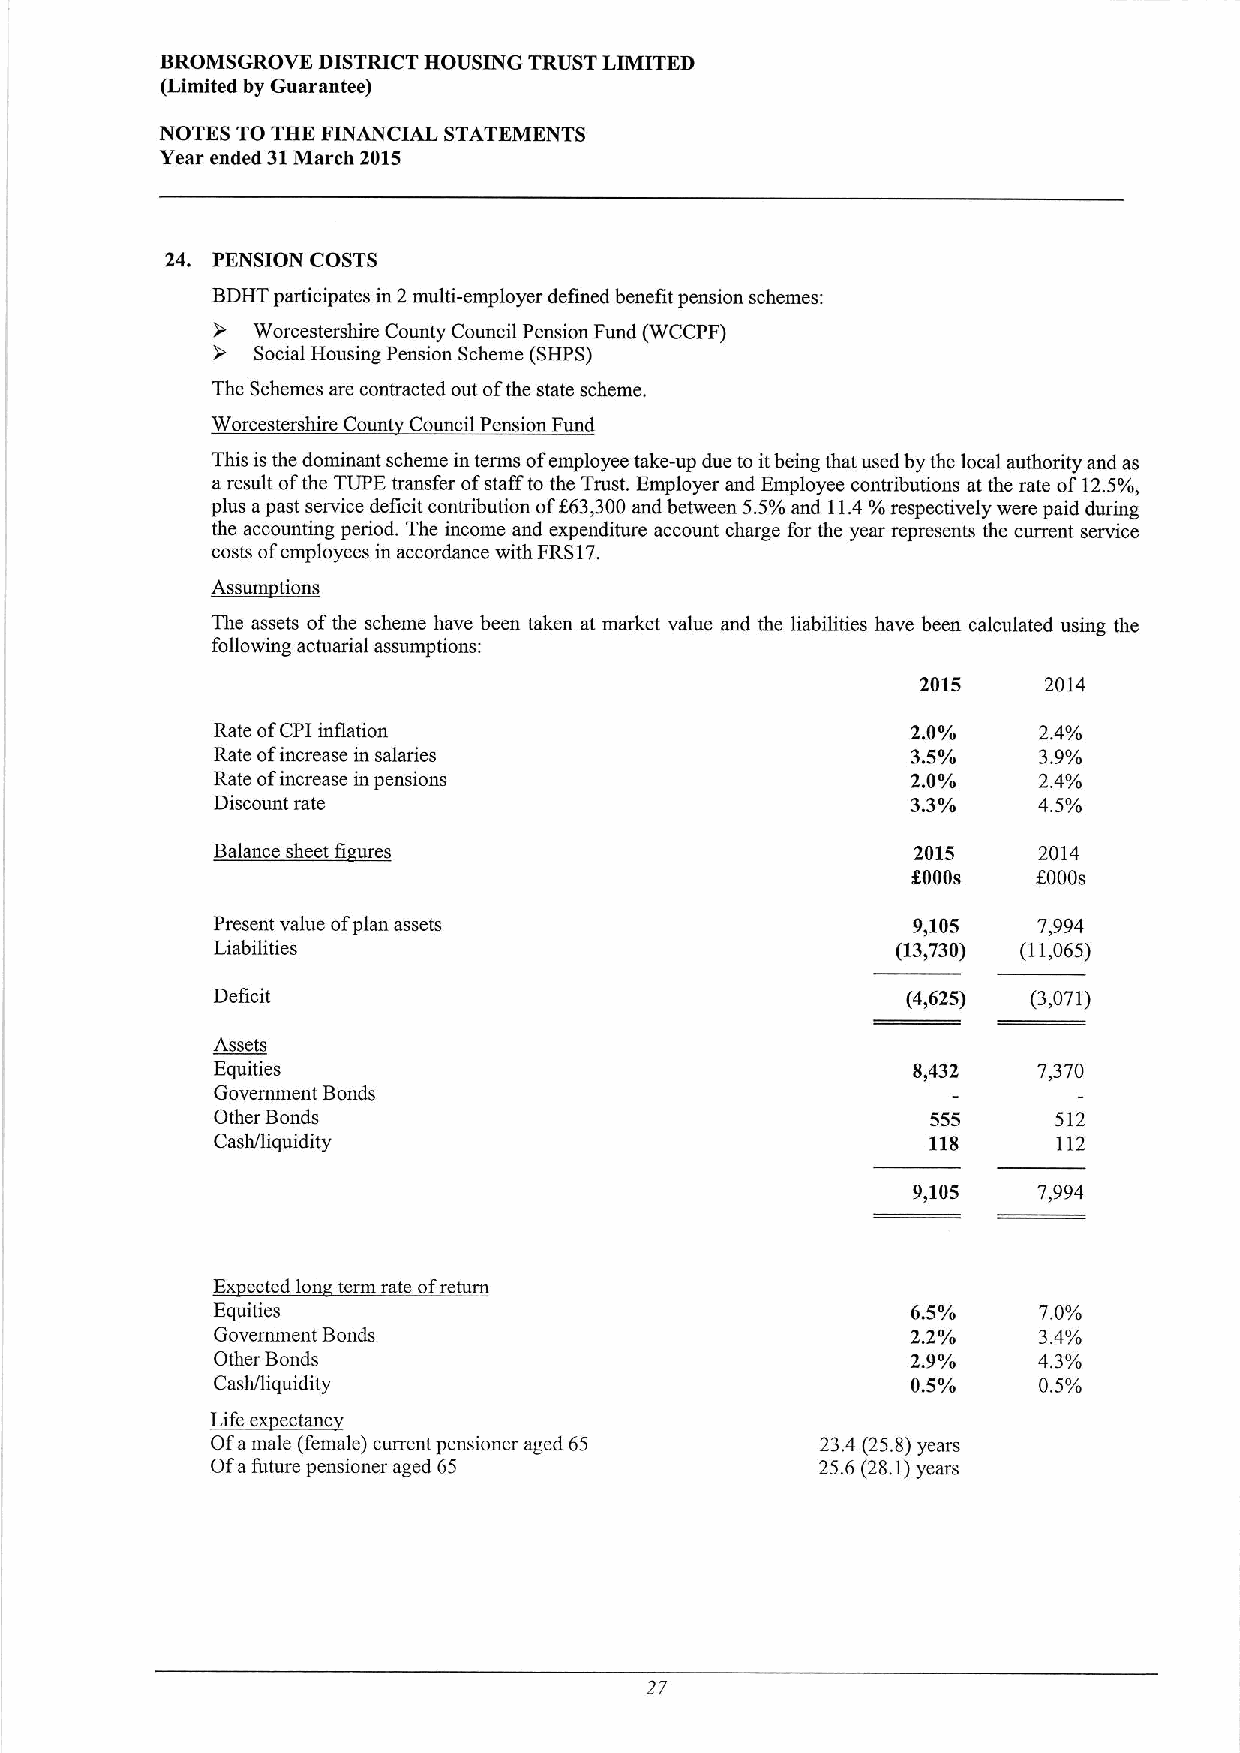
BROMSGROVE DISTRICT HOUSING TRUST LIMITED
 (Limited by Guarantee)
 NOTES TO THE FINANCIAL STATEMENTS
 Year ended 31March 2015
 24. PENSION COSTS
 BDHTparticipates in 2multi-employer defined benefit pension schemes:
 Worcestershire County Council Pension Fund (WCCPF)
 Social Housing Pension Scheme (SHPS)
 The Schemes are contracted out ofthe state scheme.
 Worcestershire Count Council Pension Fund
 This is the dominant scheme in terms ofemployee take-up due to itbeing that used by the local authority and as
 aresult ofthe TUPE transfer ofstafFto the Trust. Employer and Employee contributions at the rate of12.5%,
 plus apast service deficit contribution off63,300 and between 5.5%and 11.4 %respectively were paid during
 the accounting period. The income and expenditure account charge for the year represents the current service
 costs ofemployees in accordance with FRS17.
 A~i
 The assets ofthe scheme have been taken at market value and the liabilities have been calculated using the
 following actuarial assumptions:
 2015    2014
 Rate ofCPI inflation                          2.0%     2.4%
 Rate ofincrease in salaries                   3.5%     3.9%
 Rate ofincrease in pensions                   2.0%     2.4%
 Discount rate                                 3.3%     4.5%
 B~lh    i
 2015     2014
 5000s    f000s
 Present value ofplan assets                   9,105    7,994
 Liabilities                                  (13,730) (11,065)
 Deficit                                       (41625) (3,071)
 Assets
 Equities                                      8,432    7,370
 Government Bonds
 Other Bonds                                     555     512
 Cash/liquidity                                  118     112
 9,105    7,994
 Extected|ion term rate ofreturn
 Equities                                      6.5%     7.0%
 Government Bonds                              2.2%     3.4%
 Other Bonds                                   2.9%     4.3%
 Cash/liquidity                                0.5%     0.5%
 L
 Ofamale (female) current pensioner aged 65 23.4 (25.8)years
 Ofafuture pensioner aged 65             25.6(28.1)years
 27